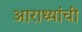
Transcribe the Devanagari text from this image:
आराध्यांची